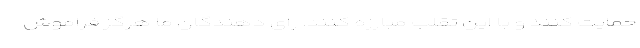
حمایت کنند و با این تقلب مبارزه کنند. رای دهندگان ما هرگز فراموش